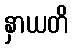
နှာယတိ